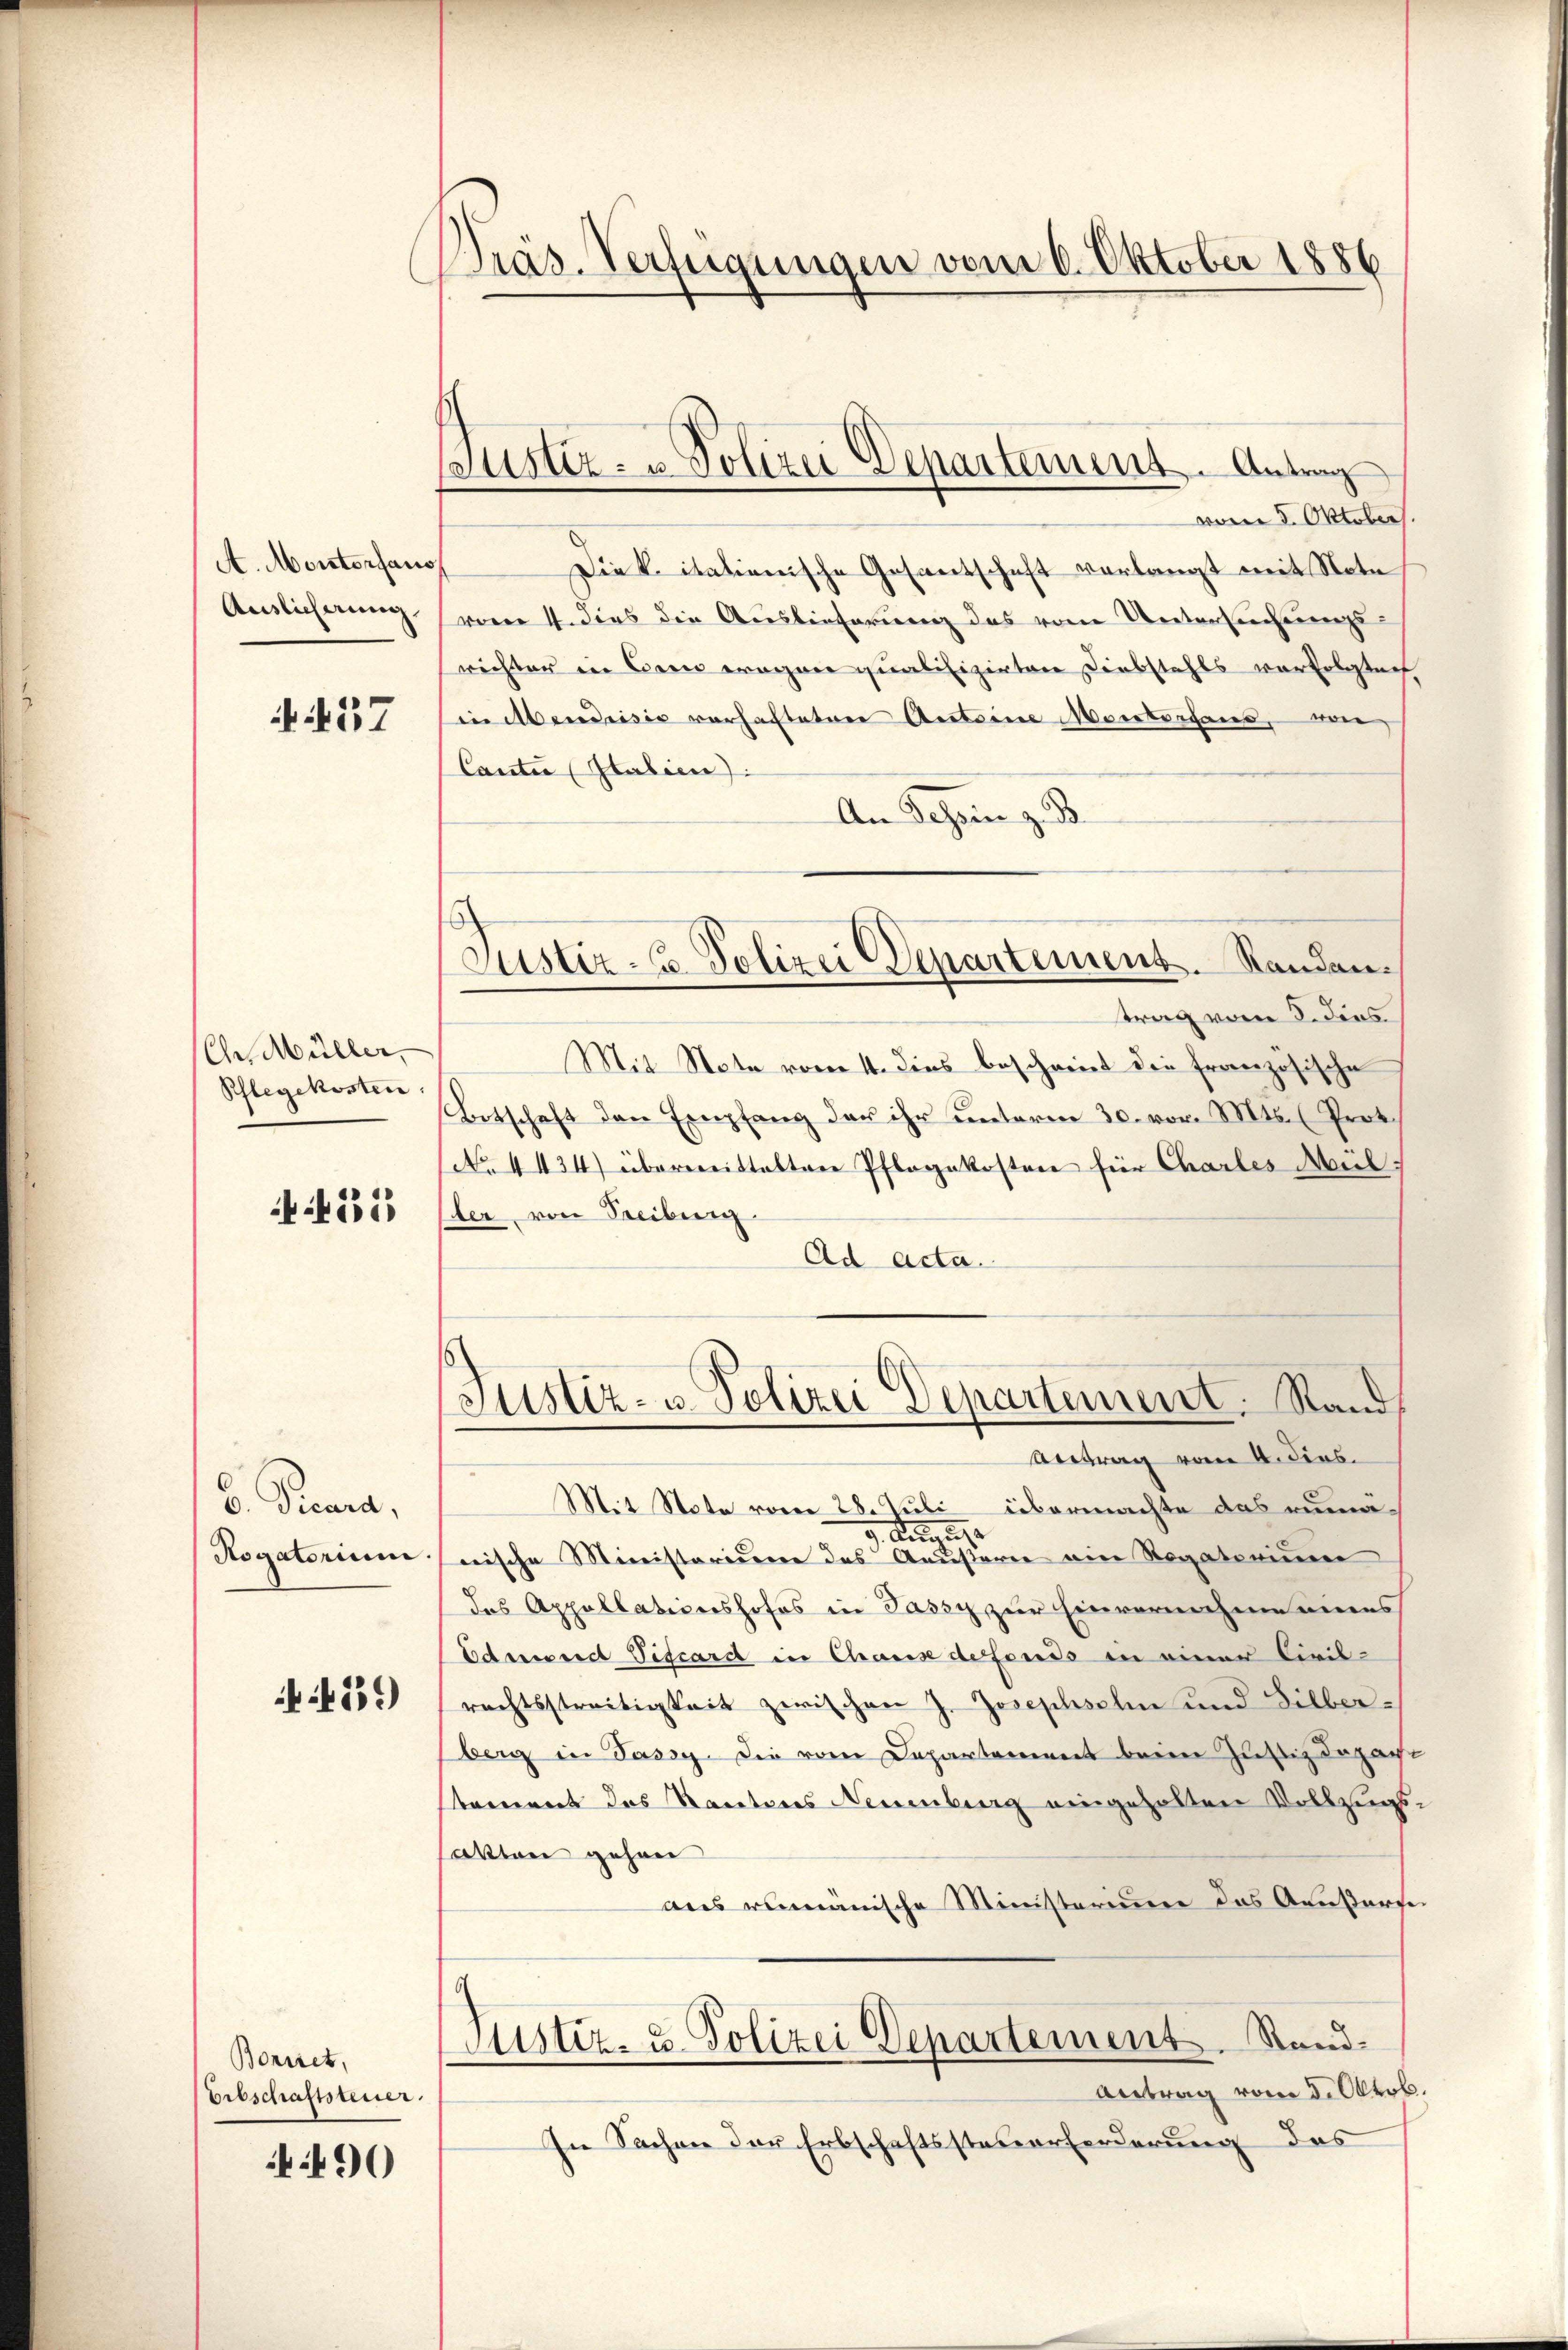
A. Monterfan
Auslicherung,

437

Chr Müller,
Pflegekosten

235

6. Peara,
Rogatorium

459)

Boniret,
Erbschaftsteuer.

490

Präs. Verfügungen vom 6. Oktober 1886

Justiz- & Polizei Departement. Antrag

Justiz - Polizei Departement. Randan¬

woren 5. Oktober.
Die k. itationische Gesantschaft verlangt mit Note
vom 1. dies die Auslieferung das vom Untersuchungs-
richter in Bern eragner qualifizirten Diebstahls vorfolgtech
in Abendrisis verhafteten Anteine Monterhaus, von
Canti (Italien):
An Tessin z. B.
trag vom 5. dies
Mit Note vom 4. dies beschreit die französische
Oetschaft den Empfang der ihr unterm 30. vor. Mts. (Prot
No. 4434) überweistalten Pflegekosten für Charles Mül
Eder, von Freiburg
Ad Acta.
Justiz- u. Polizei Departement. Stand
Antrag vom 4. dies
Mit Stote vom 28. Juli übermachte das rumä-
3. Augus
nische Ministoriume des Aeusterie ein Rogatorium
das Appellationshofes in Jassy zur Einvernahme eines
Edmund Vicard in Chause defends in einer Civilrechtsstreitigkeit zwischen J. Josephsohn und Silberberg in Jassy die vom Departement beim Justizdepart
tement des Kantones Neuenburg eingehalten Vollzugssatten gehen
aus rumänische Ministerium das Aeußert
a
Justiz- u. Polizei Departement. Stand.
Antrag vom 5. Oktob.
In Sachen der Erbschaftssteuerforderung des